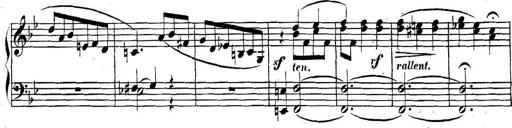
Title: Collected Piano Sonatas
Composer: Muzio Clementi